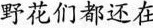
野花们都还在